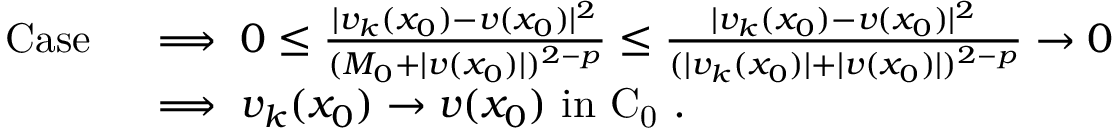
\begin{array} { r l } { \mathrm { C a s e ~ } } & { \implies 0 \le \frac { | v _ { k } ( x _ { 0 } ) - v ( x _ { 0 } ) | ^ { 2 } } { ( M _ { 0 } + | v ( x _ { 0 } ) | ) ^ { 2 - p } } \le \frac { | v _ { k } ( x _ { 0 } ) - v ( x _ { 0 } ) | ^ { 2 } } { ( | v _ { k } ( x _ { 0 } ) | + | v ( x _ { 0 } ) | ) ^ { 2 - p } } \to 0 } \\ & { \implies v _ { k } ( x _ { 0 } ) \to v ( x _ { 0 } ) \mathrm { ~ i n ~ C _ 0 ~ } . } \end{array}